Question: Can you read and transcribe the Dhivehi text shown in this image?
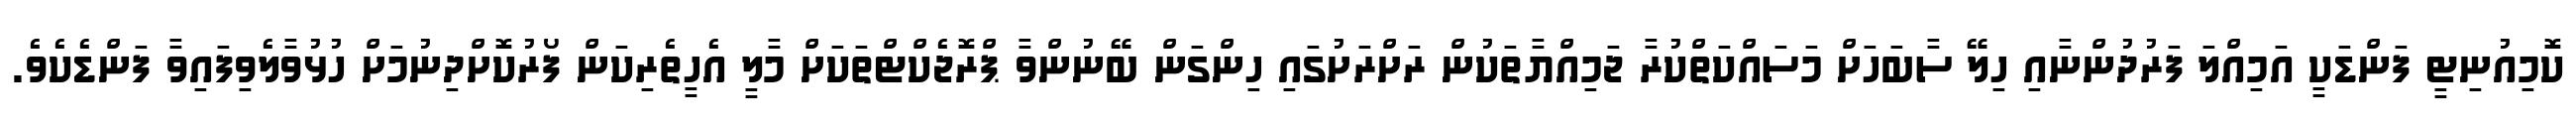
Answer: ކޮމިއުނިޓީ ފަންޑަކީ އަމިއްލަ ފަރުދުންނާއި ހިލޭ ސާބަހަށް މަސައްކަތްކުރާ ޖަމިއްޔާތަކުން ރަށްރަށުގައި ހިންގަން ބޭނުންވާ ޕްރޮޖެކްޓްތަކަށް މާލީ އެހީތެރިކަން ފޯރުކޮށްދިނުމަށް ހުޅުވާލެވިފައިވާ ފަންޑެކެވެ.